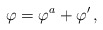
\begin{align*}\varphi=\varphi^a+\varphi^\prime\,,\end{align*}